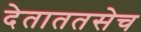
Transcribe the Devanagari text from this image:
देताततसेच